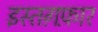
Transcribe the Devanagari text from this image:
इस्तग़फ़ार